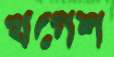
খগেশ